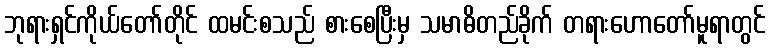
ဘုရားရှင်ကိုယ်တော်တိုင် ထမင်းစသည် စားစေပြီးမှ သမာဓိတည်ခိုက် တရားဟောတော်မူရာတွင်